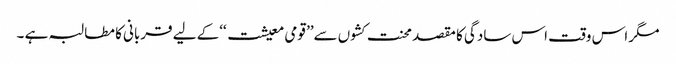
مگر اس وقت اس سادگی کا مقصد محنت کشوں سے’’ قومی معیشت ‘‘کے لیے قربانی کا مطالبہ ہے ۔